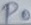
Text: P0